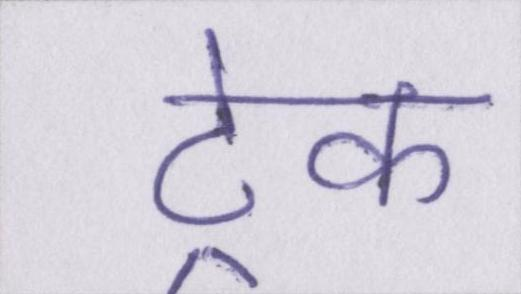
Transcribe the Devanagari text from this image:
ट्रेक